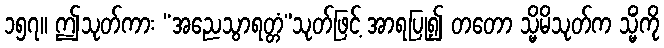
၁၅၇။ ဤသုတ်ကား “အညေသွာရတ္တံ”သုတ်ဖြင့် အာရပြု၍ တတော သ္မိမိသုတ်က သ္မိံကို